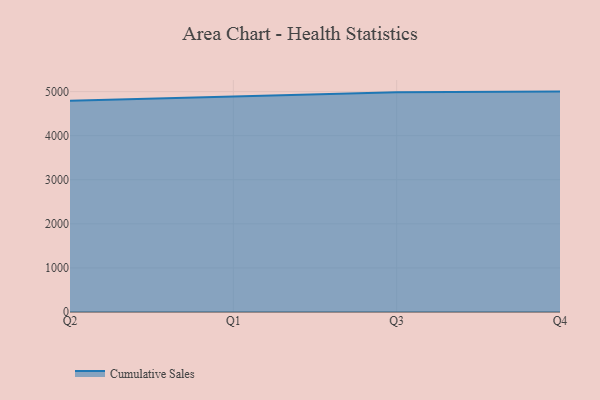
{"axis": {"x": "Quarter", "y": "Operating Costs (USD K)"}, "legend": ["Cumulative Sales"], "data": [{"x": "Q2", "y": 4793.1, "type": "Cumulative Sales"}, {"x": "Q1", "y": 4890.6, "type": "Cumulative Sales"}, {"x": "Q3", "y": 4987.3, "type": "Cumulative Sales"}, {"x": "Q4", "y": 5000, "type": "Cumulative Sales"}]}